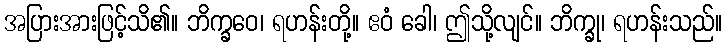
အပြားအားဖြင့်သိ၏။ ဘိက္ခဝေ၊ ရဟန်းတို့။ ဧဝံ ခေါ၊ ဤသို့လျင်။ ဘိက္ခု၊ ရဟန်းသည်။